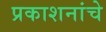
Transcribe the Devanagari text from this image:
प्रकाशनांचे